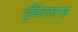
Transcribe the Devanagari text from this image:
बुँदेलखण्ड